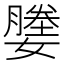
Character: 𫲀